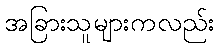
အခြားသူများကလည်း